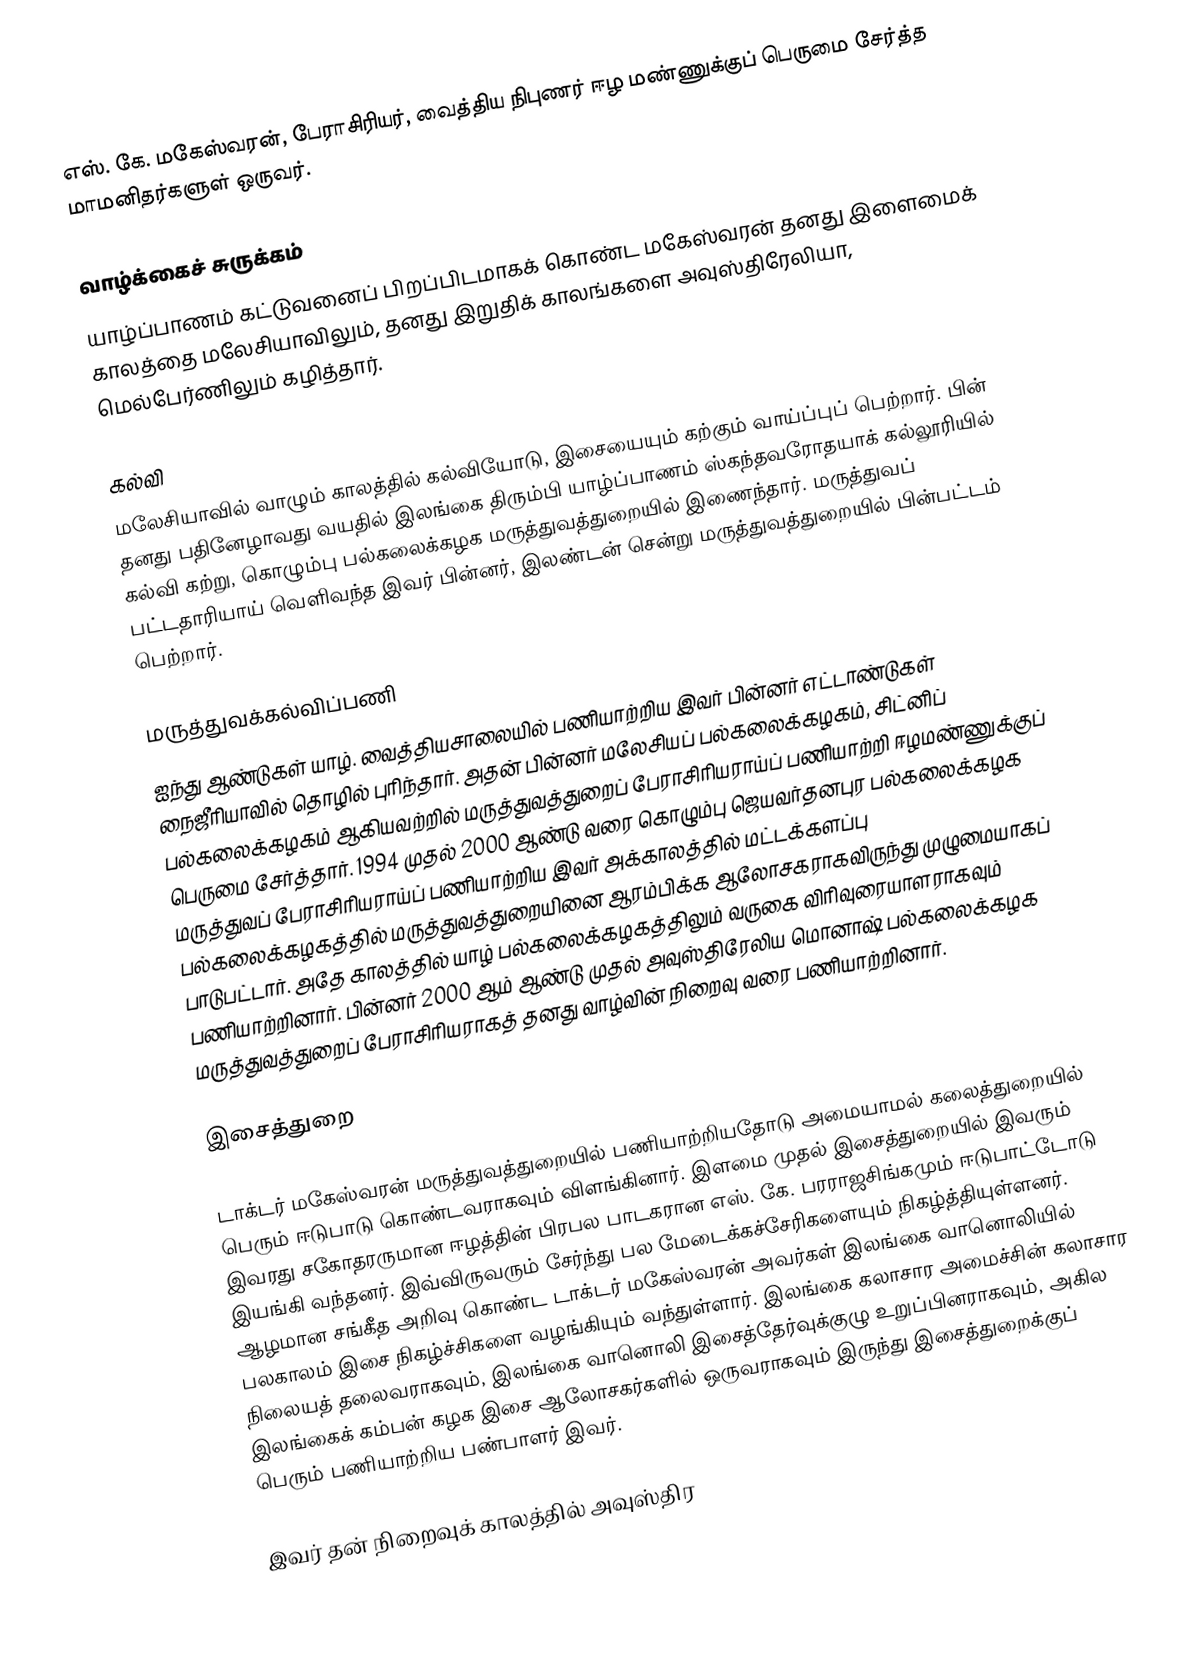
எஸ். கே. மகேஸ்வரன், பேராசிரியர், வைத்திய நிபுணர் ஈழ மண்ணுக்குப் பெருமை சேர்த்த மாமனிதர்களுள் ஒருவர்.

வாழ்க்கைச் சுருக்கம்
யாழ்ப்பாணம் கட்டுவனைப் பிறப்பிடமாகக் கொண்ட மகேஸ்வரன் தனது இளைமைக் காலத்தை மலேசியாவிலும், தனது இறுதிக் காலங்களை அவுஸ்திரேலியா, மெல்பேர்ணிலும் கழித்தார்.

கல்வி
மலேசியாவில் வாழும் காலத்தில் கல்வியோடு, இசையையும் கற்கும் வாய்ப்புப் பெற்றார். பின் தனது பதினேழாவது வயதில் இலங்கை திரும்பி யாழ்ப்பாணம் ஸ்கந்தவரோதயாக் கல்லூரியில் கல்வி கற்று, கொழும்பு பல்கலைக்கழக மருத்துவத்துறையில் இணைந்தார். மருத்துவப் பட்டதாரியாய் வெளிவந்த இவர் பின்னர், இலண்டன் சென்று மருத்துவத்துறையில் பின்பட்டம் பெற்றார்.

மருத்துவக்கல்விப்பணி
ஐந்து ஆண்டுகள் யாழ். வைத்தியசாலையில் பணியாற்றிய இவர் பின்னர் எட்டாண்டுகள் நைஜீரியாவில் தொழில் புரிந்தார். அதன் பின்னர் மலேசியப் பல்கலைக்கழகம், சிட்னிப் பல்கலைக்கழகம் ஆகியவற்றில் மருத்துவத்துறைப் பேராசிரியராய்ப் பணியாற்றி ஈழமண்ணுக்குப் பெருமை சேர்த்தார். 1994 முதல் 2000 ஆண்டு வரை கொழும்பு ஜெயவர்தனபுர பல்கலைக்கழக மருத்துவப் பேராசிரியராய்ப் பணியாற்றிய இவர் அக்காலத்தில் மட்டக்களப்பு பல்கலைக்கழகத்தில் மருத்துவத்துறையினை ஆரம்பிக்க ஆலோசகராகவிருந்து முழுமையாகப் பாடுபட்டார். அதே காலத்தில் யாழ் பல்கலைக்கழகத்திலும் வருகை விரிவுரையாளராகவும் பணியாற்றினார். பின்னர் 2000 ஆம் ஆண்டு முதல் அவுஸ்திரேலிய மொனாஷ் பல்கலைக்கழக மருத்துவத்துறைப் பேராசிரியராகத் தனது வாழ்வின் நிறைவு வரை பணியாற்றினார்.

இசைத்துறை

டாக்டர் மகேஸ்வரன் மருத்துவத்துறையில் பணியாற்றியதோடு அமையாமல் கலைத்துறையில் பெரும் ஈடுபாடு கொண்டவராகவும் விளங்கினார். இளமை முதல் இசைத்துறையில் இவரும் இவரது சகோதரருமான ஈழத்தின் பிரபல பாடகரான எஸ். கே. பரராஜசிங்கமும் ஈடுபாட்டோடு இயங்கி வந்தனர். இவ்விருவரும் சேர்ந்து பல மேடைக்கச்சேரிகளையும் நிகழ்த்தியுள்ளனர். ஆழமான சங்கீத அறிவு கொண்ட டாக்டர் மகேஸ்வரன் அவர்கள் இலங்கை வானொலியில் பலகாலம் இசை நிகழ்ச்சிகளை வழங்கியும் வந்துள்ளார். இலங்கை கலாசார அமைச்சின் கலாசார நிலையத் தலைவராகவும், இலங்கை வானொலி இசைத்தேர்வுக்குழு உறுப்பினராகவும், அகில இலங்கைக் கம்பன் கழக இசை ஆலோசகர்களில் ஒருவராகவும் இருந்து இசைத்துறைக்குப் பெரும் பணியாற்றிய பண்பாளர் இவர்.

இவர் தன் நிறைவுக் காலத்தில் அவுஸ்திர